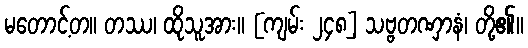
မတောင့်တ။ တဿ၊ ထိုသူအား။ [ကျမ်း ၂၄၈] သဗ္ဗတဏှာနံ၊ တို့၏။